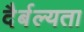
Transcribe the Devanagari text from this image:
दैर्बल्यता